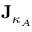
\mathbf { J } _ { \kappa _ { A } }